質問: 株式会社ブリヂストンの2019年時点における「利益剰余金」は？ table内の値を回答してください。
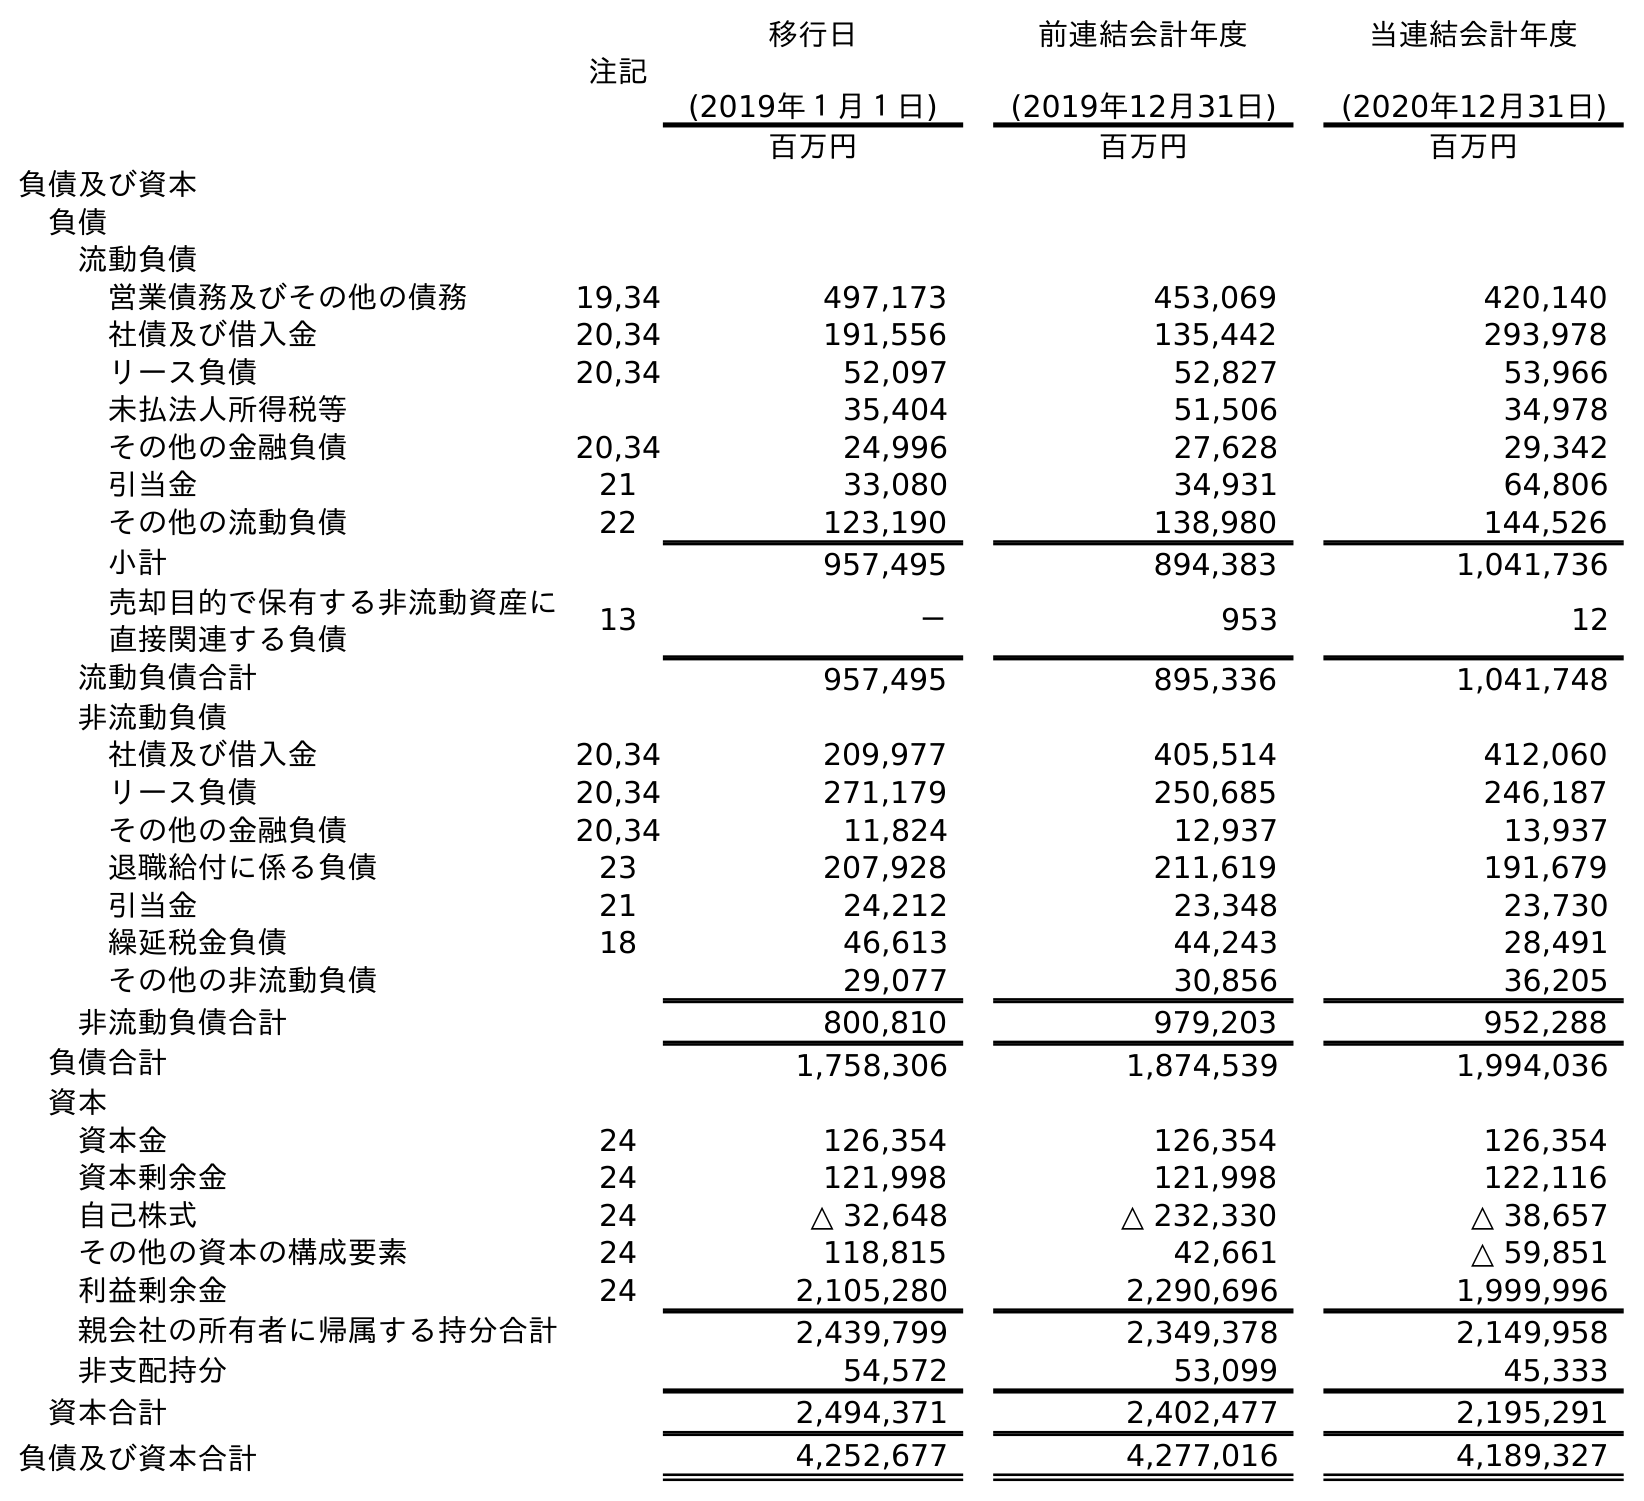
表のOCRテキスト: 注記 移行日 (2019年１月１日) 前連結会計年度 (2019年12月31日) 当連結会計年度 (2020年12月31日) 百万円 百万円 百万円 負債及び資本 負債 流動負債 営業債務及びその他の債務 19,34 497,173 453,069 420,140 社債及び借入金 20,34 191,556 135,442 293,978 リース負債 20,34 52,097 52,827 53,966 未払法人所得税等 35,404 51,506 34,978 その他の金融負債 20,34 24,996 27,628 29,342 引当金 21 33,080 34,931 64,806 その他の流動負債 22 123,190 138,980 144,526 小計 957,495 894,383 1,041,736 売却目的で保有する非流動資産に 直接関連する負債 13 － 953 12 流動負債合計 957,495 895,336 1,041,748 非流動負債 社債及び借入金 20,34 209,977 405,514 412,060 リース負債 20,34 271,179 250,685 246,187 その他の金融負債 20,34 11,824 12,937 13,937 退職給付に係る負債 23 207,928 211,619 191,679 引当金 21 24,212 23,348 23,730 繰延税金負債 18 46,613 44,243 28,491 その他の非流動負債 29,077 30,856 36,205 非流動負債合計 800,810 979,203 952,288 負債合計 1,758,306 1,874,539 1,994,036 資本 資本金 24 126,354 126,354 126,354 資本剰余金 24 121,998 121,998 122,116 自己株式 24 △ 32,648 △ 232,330 △ 38,657 その他の資本の構成要素 24 118,815 42,661 △ 59,851 利益剰余金 24 2,105,280 2,290,696 1,999,996 親会社の所有者に帰属する持分合計 2,439,799 2,349,378 2,149,958 非支配持分 54,572 53,099 45,333 資本合計 2,494,371 2,402,477 2,195,291 負債及び資本合計 4,252,677 4,277,016 4,189,327
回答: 2,290,696